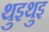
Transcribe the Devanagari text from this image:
थुइथुइ